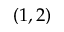
( 1 , 2 )